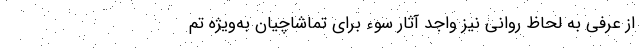
از عرفی به لحاظ روانی نیز واجد آثار سوء برای تماشاچیان به‌ویژه تم